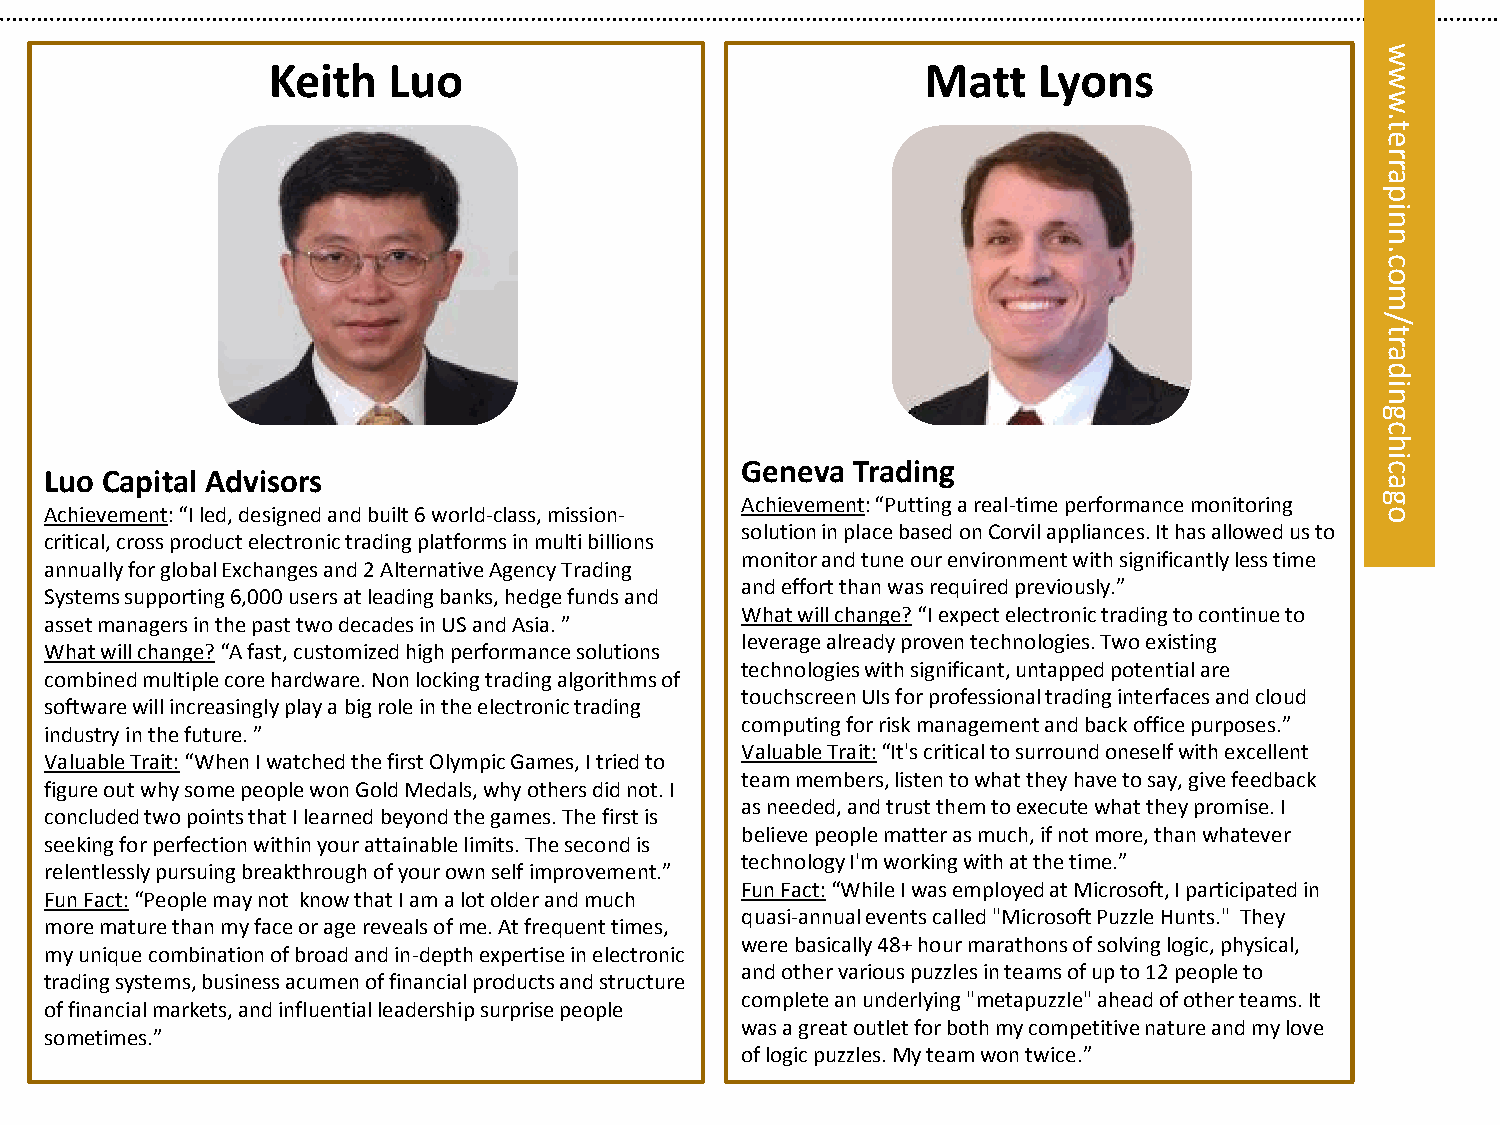
w
 Keith   Luo                                Matt    Lyons
 w
 w
 t.
 e
 r
 etar
 rrp
 pa ni
 ni
 n
 c.n c.
 oo
 m
 m
 /
 ol/
 yt
 tla ar
 ayd
 ais ni
 g
 c
 h
 Luo Capital Advisors
 Geneva Trading                            ci
 a
 Achievement: “Putting a real-time performance monitoring g
 Achievement: “I led, designed and built 6 world-class, mission-                         o
 solution in place based on Corvil appliances. It has allowed us to
 critical, cross product electronic trading platforms in multi billions
 monitor and tune our environment with significantly less time
 annually for global Exchanges and 2 Alternative Agency Trading
 and effort than was required previously.”
 Systems supporting 6,000 users at leading banks, hedge funds and
 What will change? “I expect electronic trading to continue to
 asset managers in the past two decades in US and Asia. ”
 leverage already proven technologies. Two existing
 What will change? “A fast, customized high performance solutions
 technologies with significant, untapped potential are
 combined multiple core hardware. Non locking trading algorithms of
 touchscreen UIs for professional trading interfaces and cloud
 software will increasingly play a big role in the electronic trading
 computing for risk management and back office purposes.”
 industry in the future. ”
 Valuable Trait: “It's critical to surround oneself with excellent
 Valuable Trait: “When I watched the first Olympic Games, I tried to
 team members, listen to what they have to say, give feedback
 figure out why some people won Gold Medals, why others did not. I
 as needed, and trust them to execute what they promise. I
 concluded two points that I learned beyond the games. The first is
 believe people matter as much, if not more, than whatever
 seeking for perfection within your attainable limits. The second is
 technology I'm working with at the time.”
 relentlessly pursuing breakthrough of your own self improvement.”
 Fun Fact: “While I was employed at Microsoft, I participated in
 Fun Fact: “People may not know that I am a lot older and much
 quasi-annual events called "Microsoft Puzzle Hunts." They
 more mature than my face or age reveals of me. At frequent times,
 were basically 48+ hour marathons of solving logic, physical,
 my unique combination of broad and in-depth expertise in electronic
 and other various puzzles in teams of up to 12 people to
 trading systems, business acumen of financial products and structure
 complete an underlying "metapuzzle" ahead of other teams. It
 of financial markets, and influential leadership surprise people
 was a great outlet for both my competitive nature and my love
 sometimes.”
 of logic puzzles. My team won twice.”